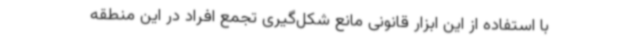
با استفاده از این ابزار قانونی مانع شکل‌گیری تجمع افراد در این منطقه